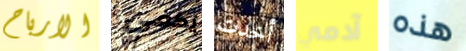
الارباح يكفي أخدت آدمي هذه